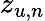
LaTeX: z_{u,n}